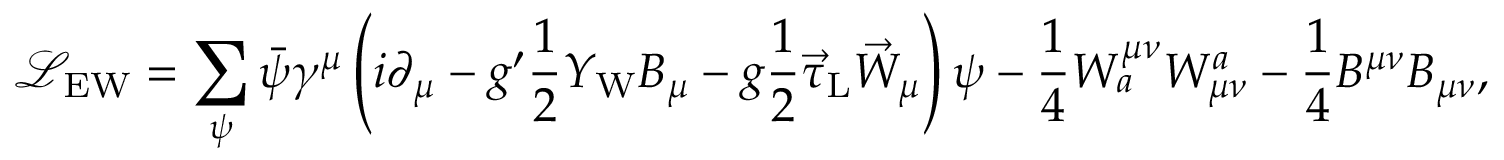
{ \mathcal { L } } _ { \mathrm { E W } } = \sum _ { \psi } { \bar { \psi } } \gamma ^ { \mu } \left( i \partial _ { \mu } - g ^ { \prime } { \frac { 1 } { 2 } } Y _ { \mathrm { W } } B _ { \mu } - g { \frac { 1 } { 2 } } { \vec { \tau } } _ { \mathrm { L } } { \vec { W } } _ { \mu } \right) \psi - { \frac { 1 } { 4 } } W _ { a } ^ { \mu \nu } W _ { \mu \nu } ^ { a } - { \frac { 1 } { 4 } } B ^ { \mu \nu } B _ { \mu \nu } ,